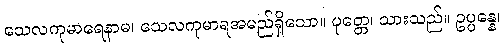
သေလကုမာရေနာမ၊ သေလကုမာရအမည်ရှိသော။ ပုတ္တေ၊ သားသည်။ ဥပ္ပန္နေ၊